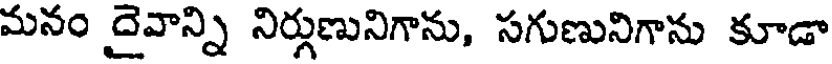
మనం దైవాన్ని నిర్గుణునిగాను, సగుణునిగాను కూడా